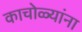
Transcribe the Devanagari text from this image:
काचोळ्यांना